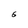
Character: 6